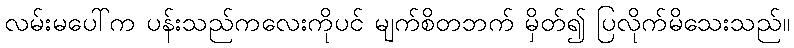
လမ်းမပေါ်က ပန်းသည်ကလေးကိုပင် မျက်စိတဘက် မှိတ်၍ ပြလိုက်မိသေးသည်။